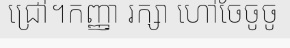
ជ្រៅ។កញ្ញា រក្សា ហៅចែចូចូ